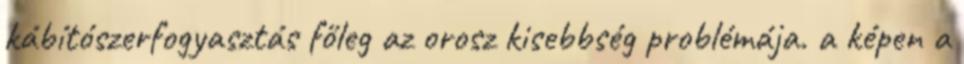
kábítószerfogyasztás főleg az orosz kisebbség problémája. a képen a